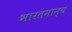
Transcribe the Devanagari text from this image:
भारतमान्य